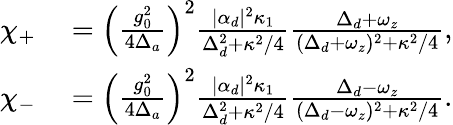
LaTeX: \begin{array}{rl}{\chi_{+}}&{{}=\left(\frac{g_{0}^{2}}{4\Delta_{a}}\right)^{2}\frac{|\alpha_{d}|^{2}\kappa_{1}}{\Delta_{d}^{2}+\kappa^{2}/4}\frac{\Delta_{d}+\omega_{z}}{(\Delta_{d}+\omega_{z})^{2}+\kappa^{2}/4},}\\ {\chi_{-}}&{{}=\left(\frac{g_{0}^{2}}{4\Delta_{a}}\right)^{2}\frac{|\alpha_{d}|^{2}\kappa_{1}}{\Delta_{d}^{2}+\kappa^{2}/4}\frac{\Delta_{d}-\omega_{z}}{(\Delta_{d}-\omega_{z})^{2}+\kappa^{2}/4}.}\end{array}